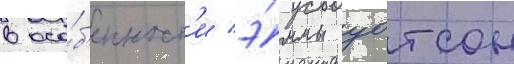
в осо́б'енност'и э́ммы уотсон